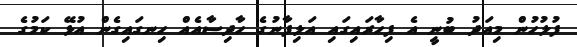
ފުލުހުން މިއަދު ބުނީ އެ ފިހާރައިގައި އަލިފާނުގެ ހާދިސާއެއް ހިނގައިގެން އުޅޭ ކަމުގެ